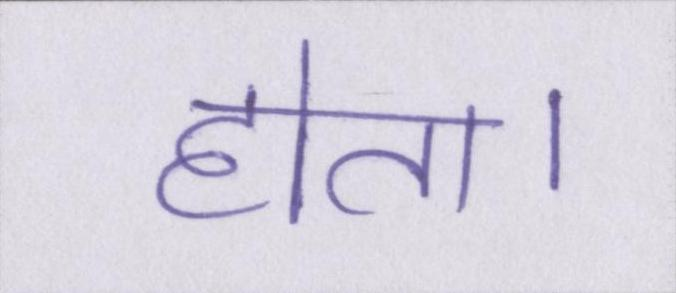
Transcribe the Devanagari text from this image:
होता।